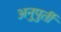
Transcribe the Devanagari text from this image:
अनुपुर्ती